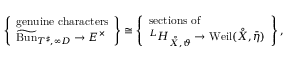
\left\{ \begin{array} { l } { \mathrm { g e n u i n e ~ c h a r a c t e r s } } \\ { \widetilde { \mathrm { B u n } } _ { T ^ { \sharp } , \infty D } \rightarrow E ^ { \times } } \end{array} \right\} \cong \left\{ \begin{array} { l } { \mathrm { s e c t i o n s ~ o f } } \\ { ^ { L } H _ { \mathring X , \vartheta } \rightarrow \mathrm { W e i l } ( \mathring X , \bar { \eta } ) } \end{array} \right\} ,